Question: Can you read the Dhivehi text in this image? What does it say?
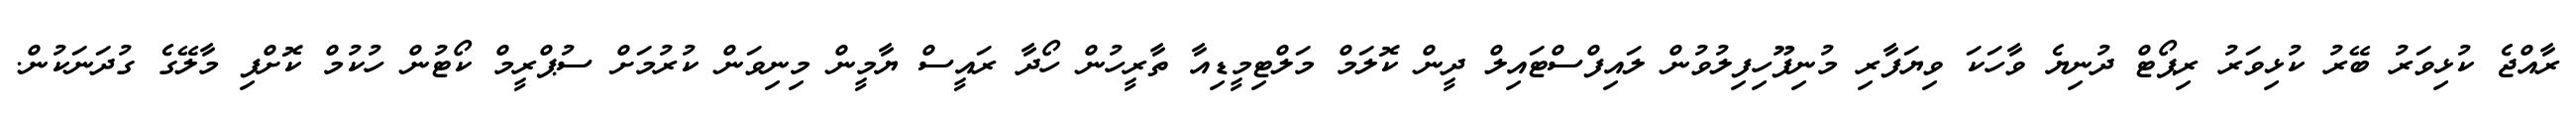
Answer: ރާއްޖެ ކުޅިވަރު ބޭރު ކުޅިވަރު ރިޕޯޓް ދުނިޔެ ވާހަކަ ވިޔަފާރި މުނިފޫހިފިލުވުން ލައިފްސްޓައިލް ދީން ކޮލަމް މަލްޓިމީޑިއާ ތާރީހުން ހޯދާ ރައީސް ޔާމީން މިނިވަން ކުރުމަށް ސުޕްރީމް ކޯޓުން ހުކުމް ކޮށްފި މާލޭގެ ގުދަނަކުން.